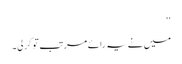
‘‘
میں نے یہ رائے مرتب تو کرلی۔